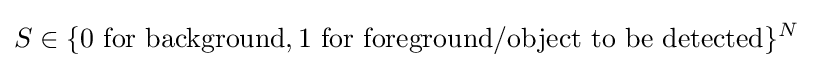
S\in \{0{\text{ for background}},1{\text{ for foreground/object to be detected}}\}^{N}